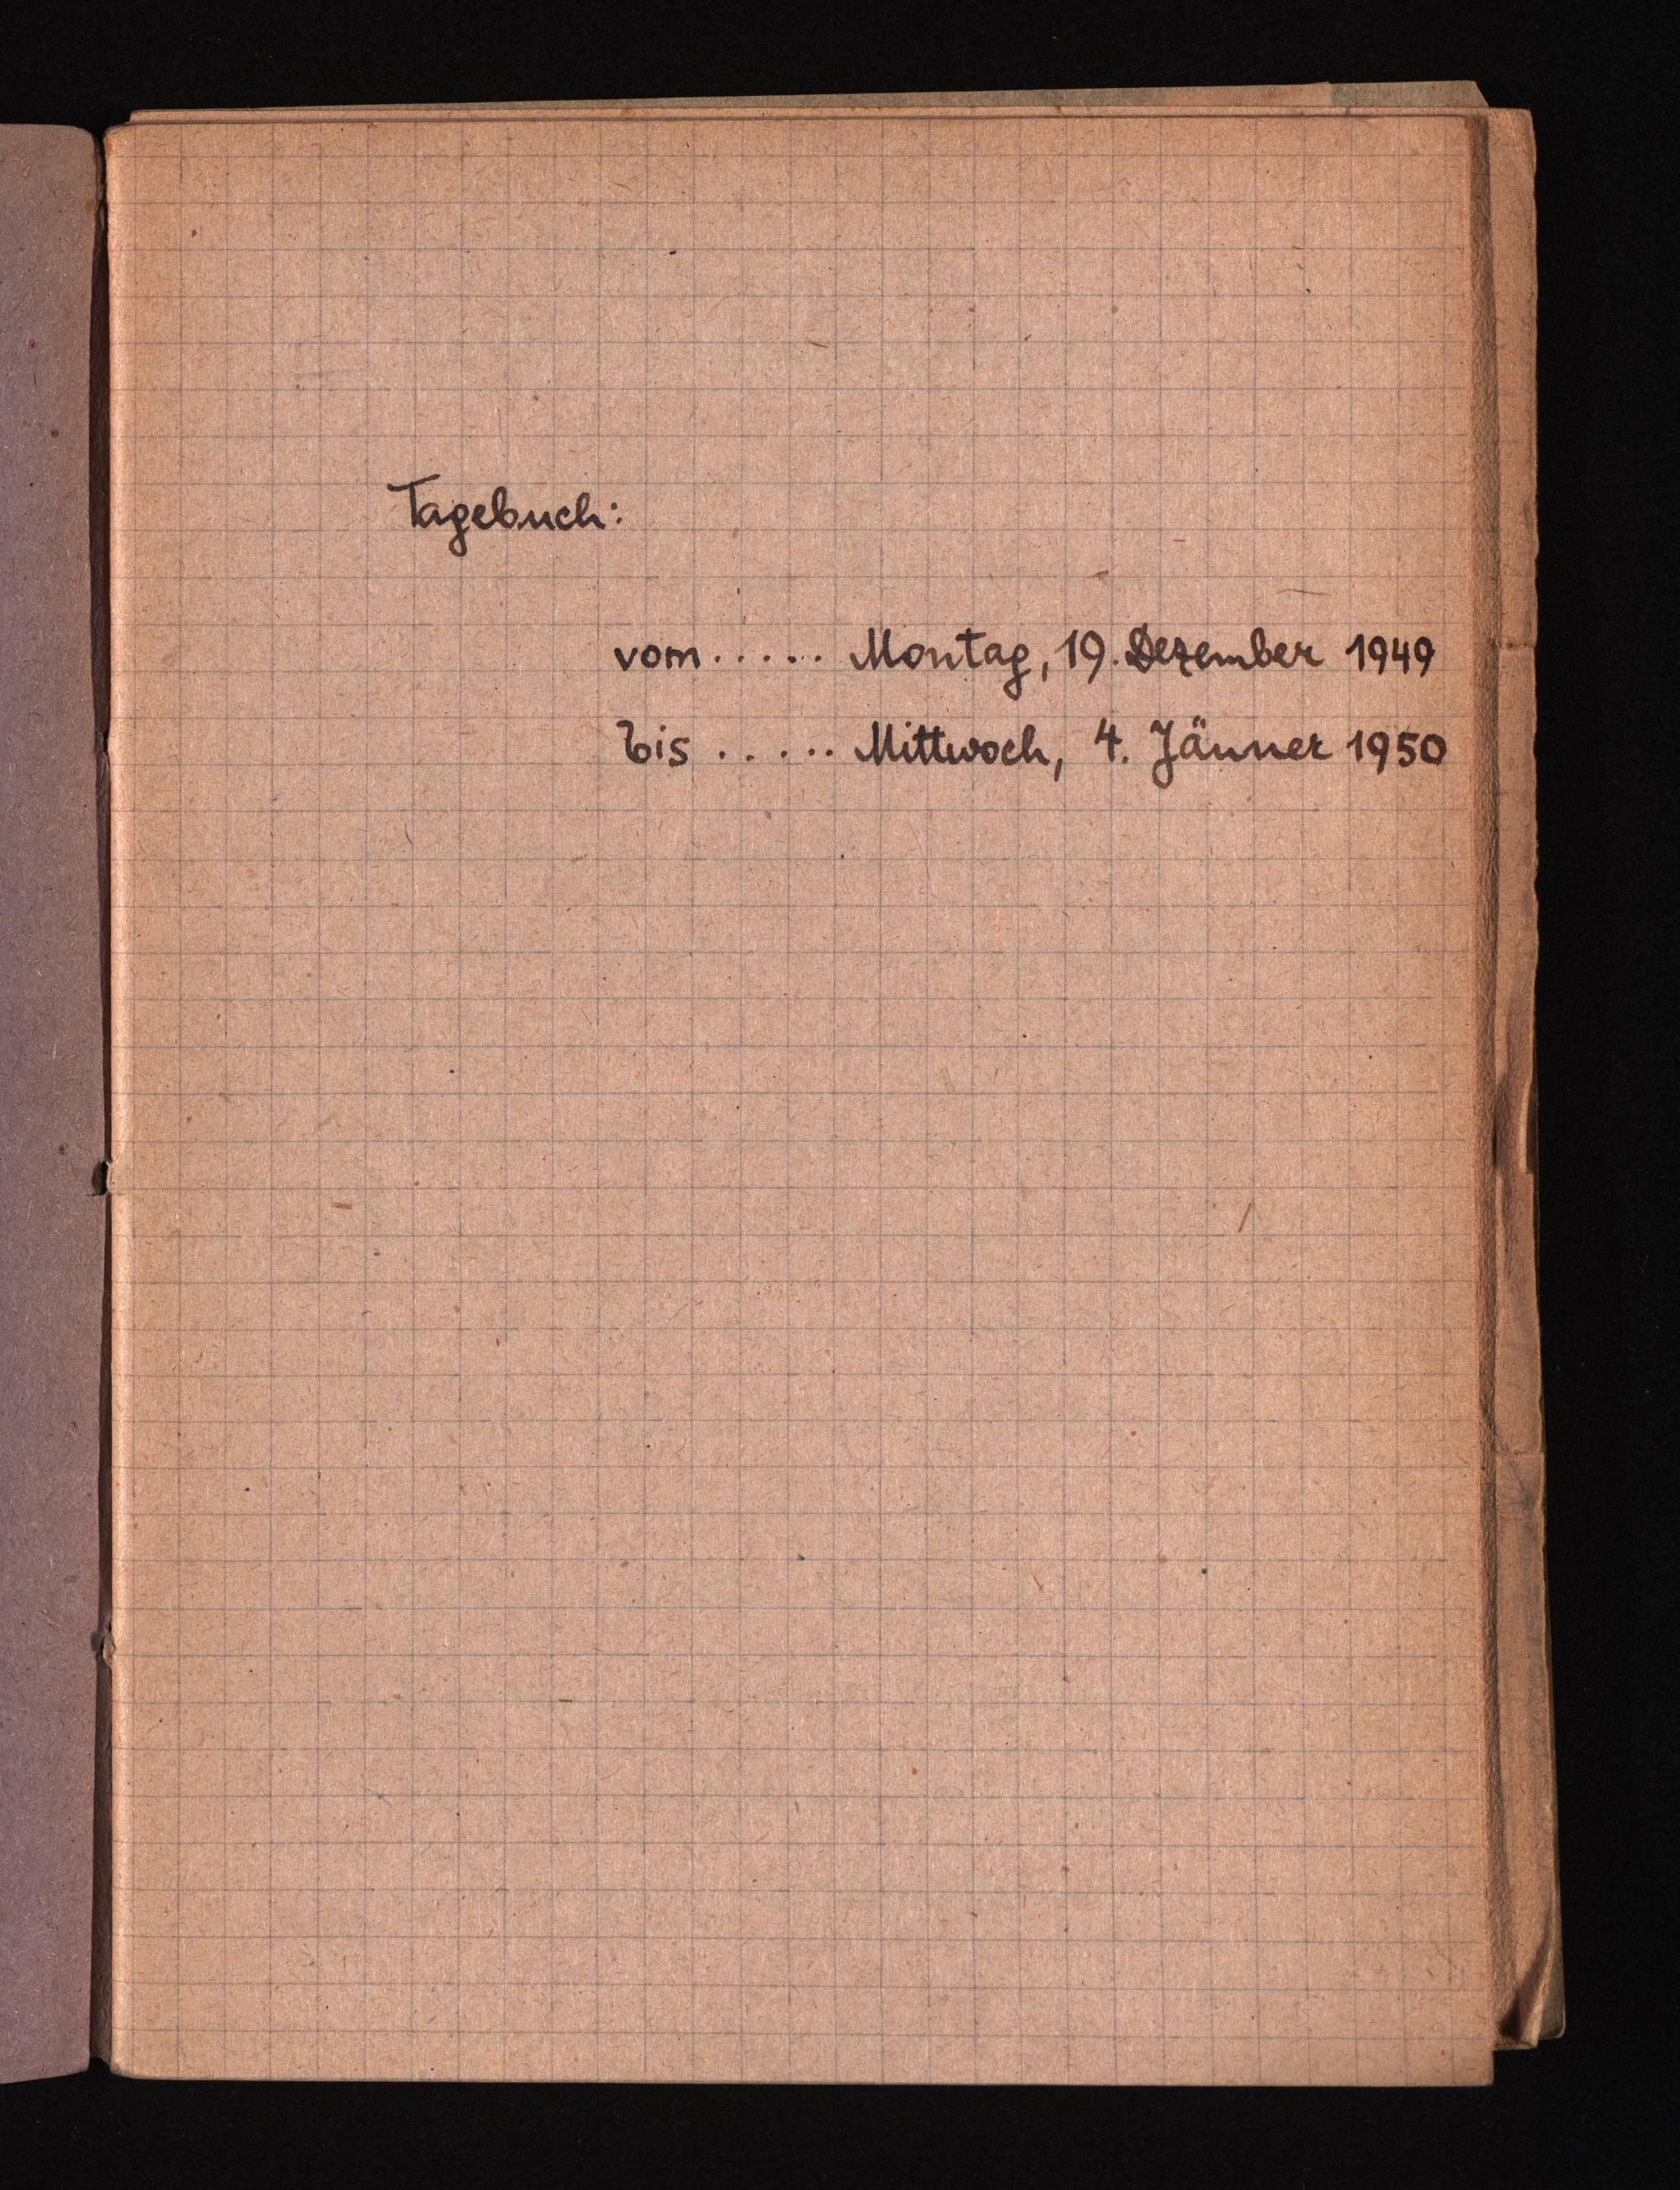
Tagebuch:
vom ..... Montag, 19. Bezember 1949
Eis ..... Mittwoch, 4. Jänner 1950